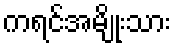
ကရင်အမျိုးသား